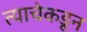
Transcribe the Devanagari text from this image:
त्याचेकडून